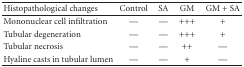
| Histopathological changes | Control | SA | GM | GM + SA |
 | --- | --- | --- | --- | --- |
 | Mononuclear cell infiltration | — | — | +++ | + |
 | Tubular degeneration | — | — | +++ | + |
 | Tubular necrosis | — | — | ++ | — |
 | Hyaline casts in tubular lumen | — | — | + | — |